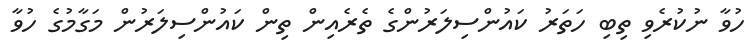
ހުވާ ނުކުރެވި ތިބި ހަތަރު ކައުންސިލަރުންގެ ތެރެއިން ތިން ކައުންސިލަރުން މަގާމުގެ ހުވާ